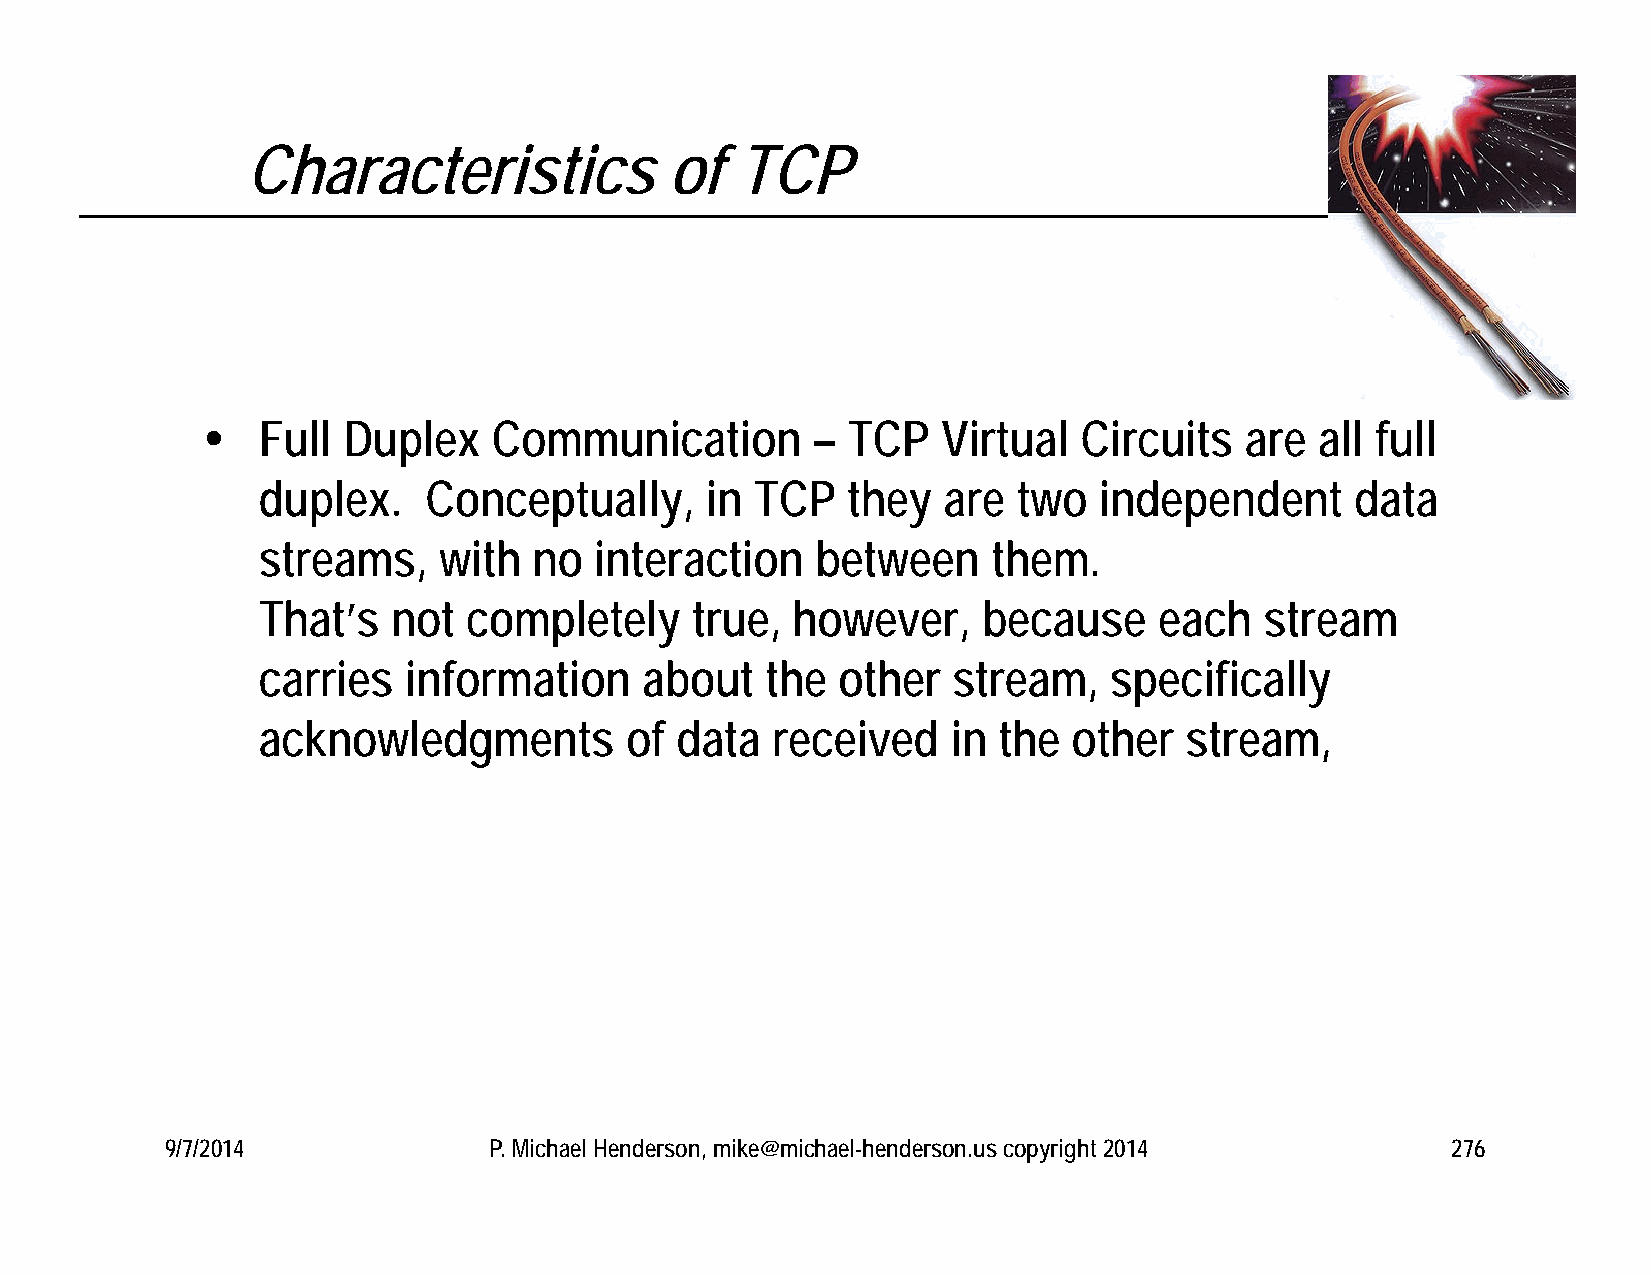
Characteristics             of   TCP
    Full  Duplex    Communication        – TCP   Virtual  Circuits   are  all full
 duplex.    Conceptually,      in TCP   they  are  two   independent      data
 streams,    with  no  interaction    between     them.
 That’s   not  completely     true, however,     because     each   stream
 carries   information    about    the other   stream,   specifically
 acknowledgments         of  data  received    in the  other  stream,
 9/7/2014             P. Michael Henderson, mike@michael-henderson.us copyright 2014  276